EELK_Kaarma_kogudus, lk 51
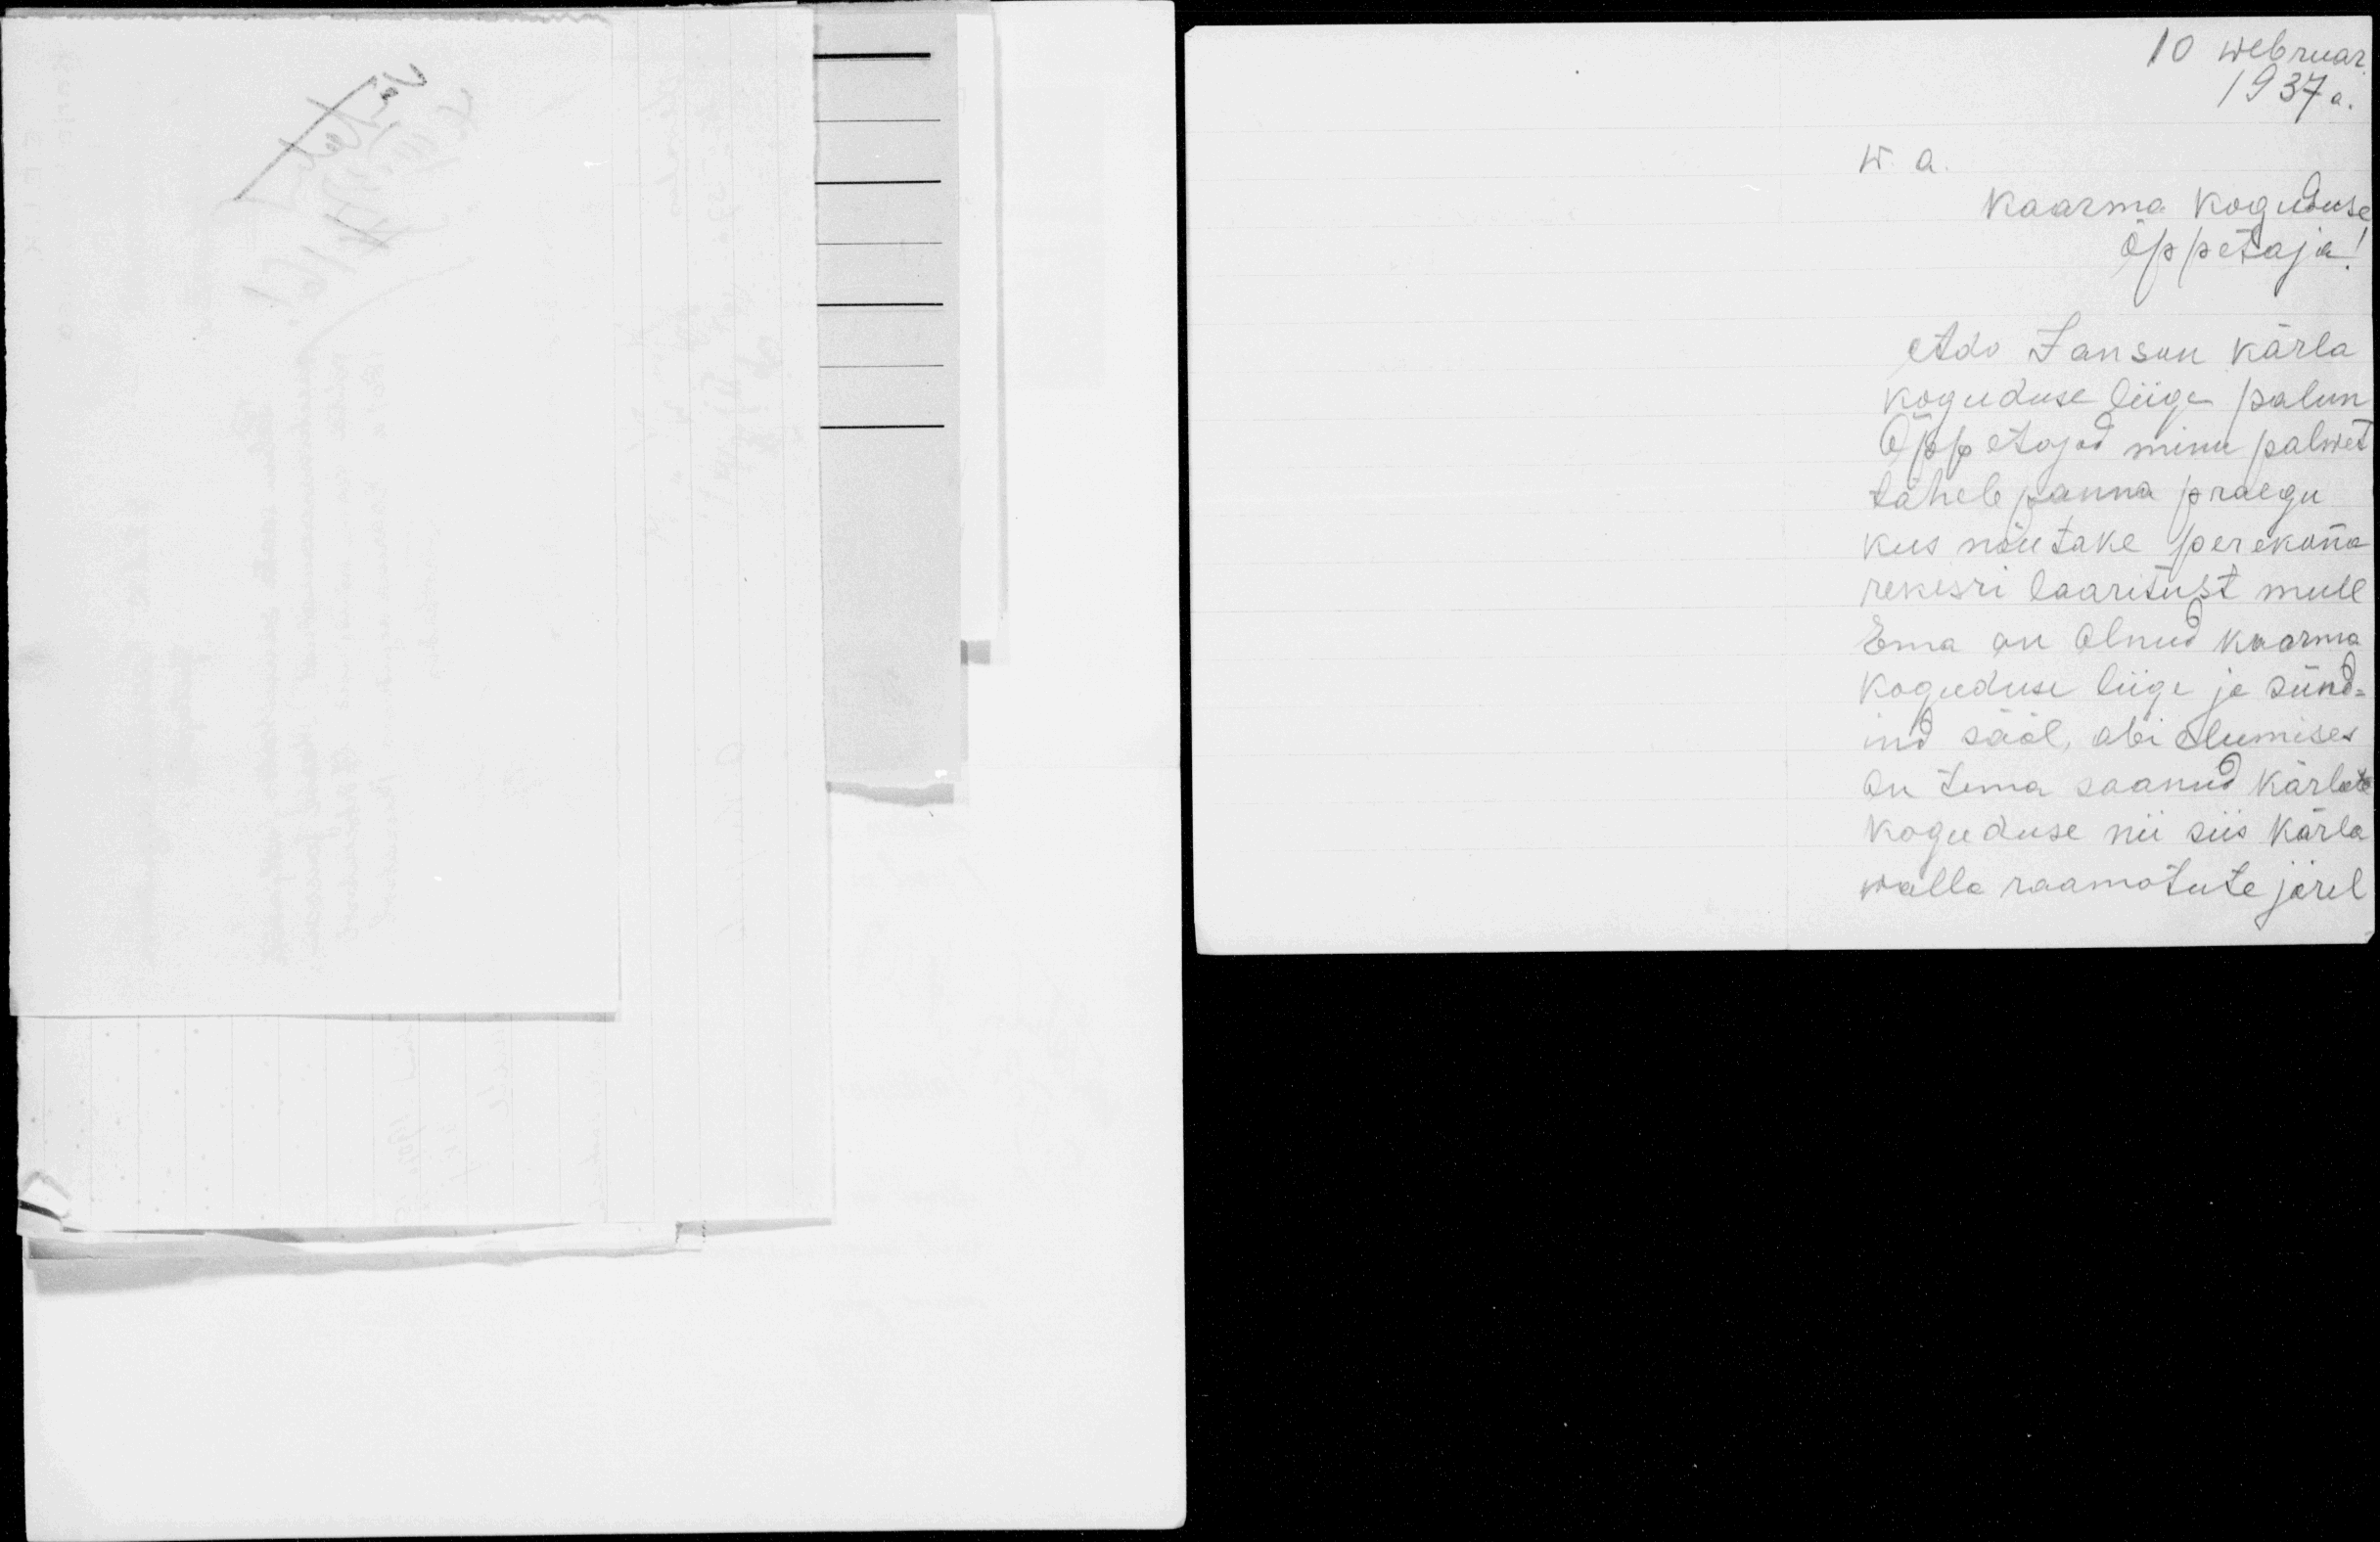
10 weebruar
1937 a.

w. a
Kaarma koguduse
õppetaja.
Ado Janson kärla
koguduse liige palun
õppetajad minu palwet
tähele panna praegu
kus nõutake perekonna
rekisri laaritust mule
Ema on olnud kaarma
Koguduse liige ja sünd-
ind sääl, abi elumises
On tema saanud kärlas
koguduse nii siis Karla
walla raamatute järel